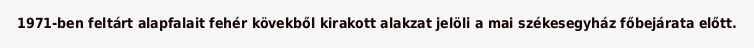
1971-ben feltárt alapfalait fehér kövekből kirakott alakzat jelöli a mai székesegyház főbejárata előtt.